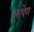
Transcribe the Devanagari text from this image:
पुरुषेण